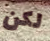
لكن